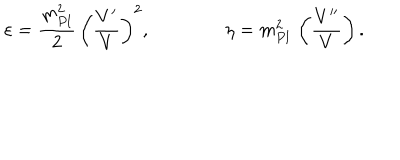
LaTeX: \varepsilon = { \frac { m _ { P l } ^ { 2 } } { 2 } } \, \left( { \frac { V ^ { \prime } } { V } } \right) ^ { 2 } , \qquad \qquad \eta = m _ { P l } ^ { 2 } \, \left( { \frac { V ^ { \prime \prime } } { V } } \right) .